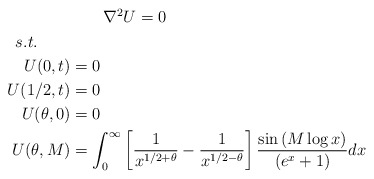
\begin{align*}\begin{aligned}&\qquad\nabla^2 U=0\\s.t.\qquad&\\U(0,t)&=0\\U(1/2,t)&=0\\U(\theta,0)&=0\\U(\theta,M)&=\int_{0}^{\infty} \left[\frac{1}{x^{1/2+\theta}}-\frac{1}{x^{1/2-\theta}}\right]\frac{\sin\left(M\log x\right) }{\left(e^{x}+1\right)}dx\\\end{aligned}\end{align*}